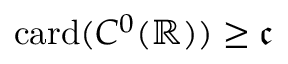
\mathrm { c a r d } ( C ^ { 0 } ( \mathbb { R } ) ) \geq { \mathfrak { c } }